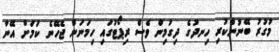
މުގުރު ބޭނުންކުރި ހިނދުގެ ދިގުމިން ވެސް ރިޕޯޓުގައި ހިމަނަން ޖެހޭނެ ކަމަށް އޭނާ